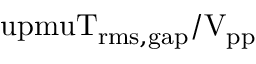
\mathrm { \ u p m u T _ { r m s , g a p } / V _ { p p } }